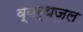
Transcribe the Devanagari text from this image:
व्यर्थजल